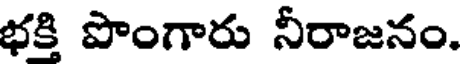
భకి పొంగారు నీరాజనం.